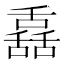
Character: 舙